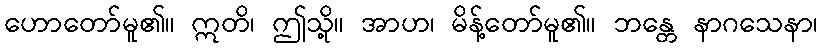
ဟောတော်မူ၏။ ဣတိ၊ ဤသို့။ အာဟ၊ မိန့်တော်မူ၏။ ဘန္တေ နာဂသေနာ၊